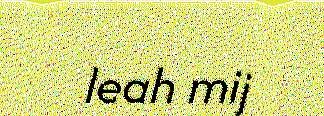
leah mij